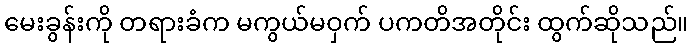
မေးခွန်းကို တရားခံက မကွယ်မဝှက် ပကတိအတိုင်း ထွက်ဆိုသည်။